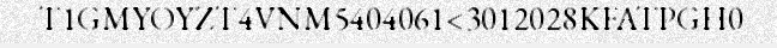
T1GMYOYZT4VNM5404061<3012028KFATPGH0